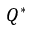
Q ^ { * }